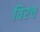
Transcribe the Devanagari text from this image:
विरच